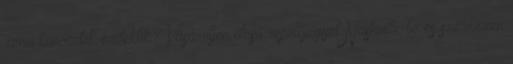
zenei koncertek érdeklik? Vásároljon olcsó repülőjegyet Nashville-be és szerezzen